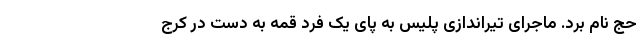
حج نام برد. ماجرای تیراندازی پلیس به پای یک فرد قمه به دست در کرج